King Institute of Preventive Medicine Bacteriolog. Section reports 1907-08
Year: 1907
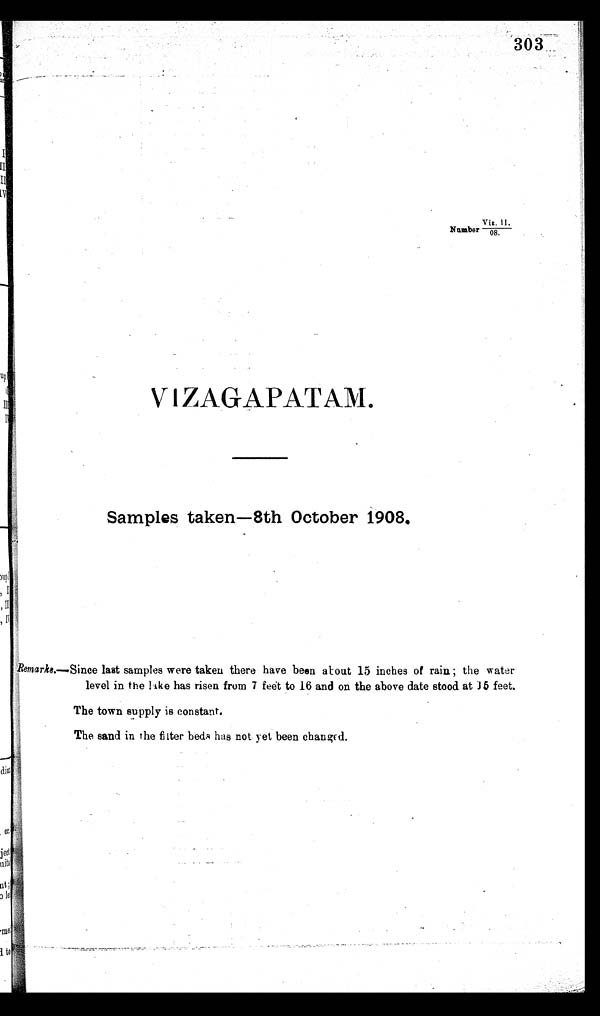
303
Viz.
II
Number 08.
VIZAGAPATAM.
Samples taken—8th October 1908.
Remarks .—Since last samples were taken there have been about 15 inches of rain; the water
level in the like has risen from 7 feet to 16 and on the above date stood at 15 feet.
The town supply is constant.
The sand in the filter beds has not yet been changed.